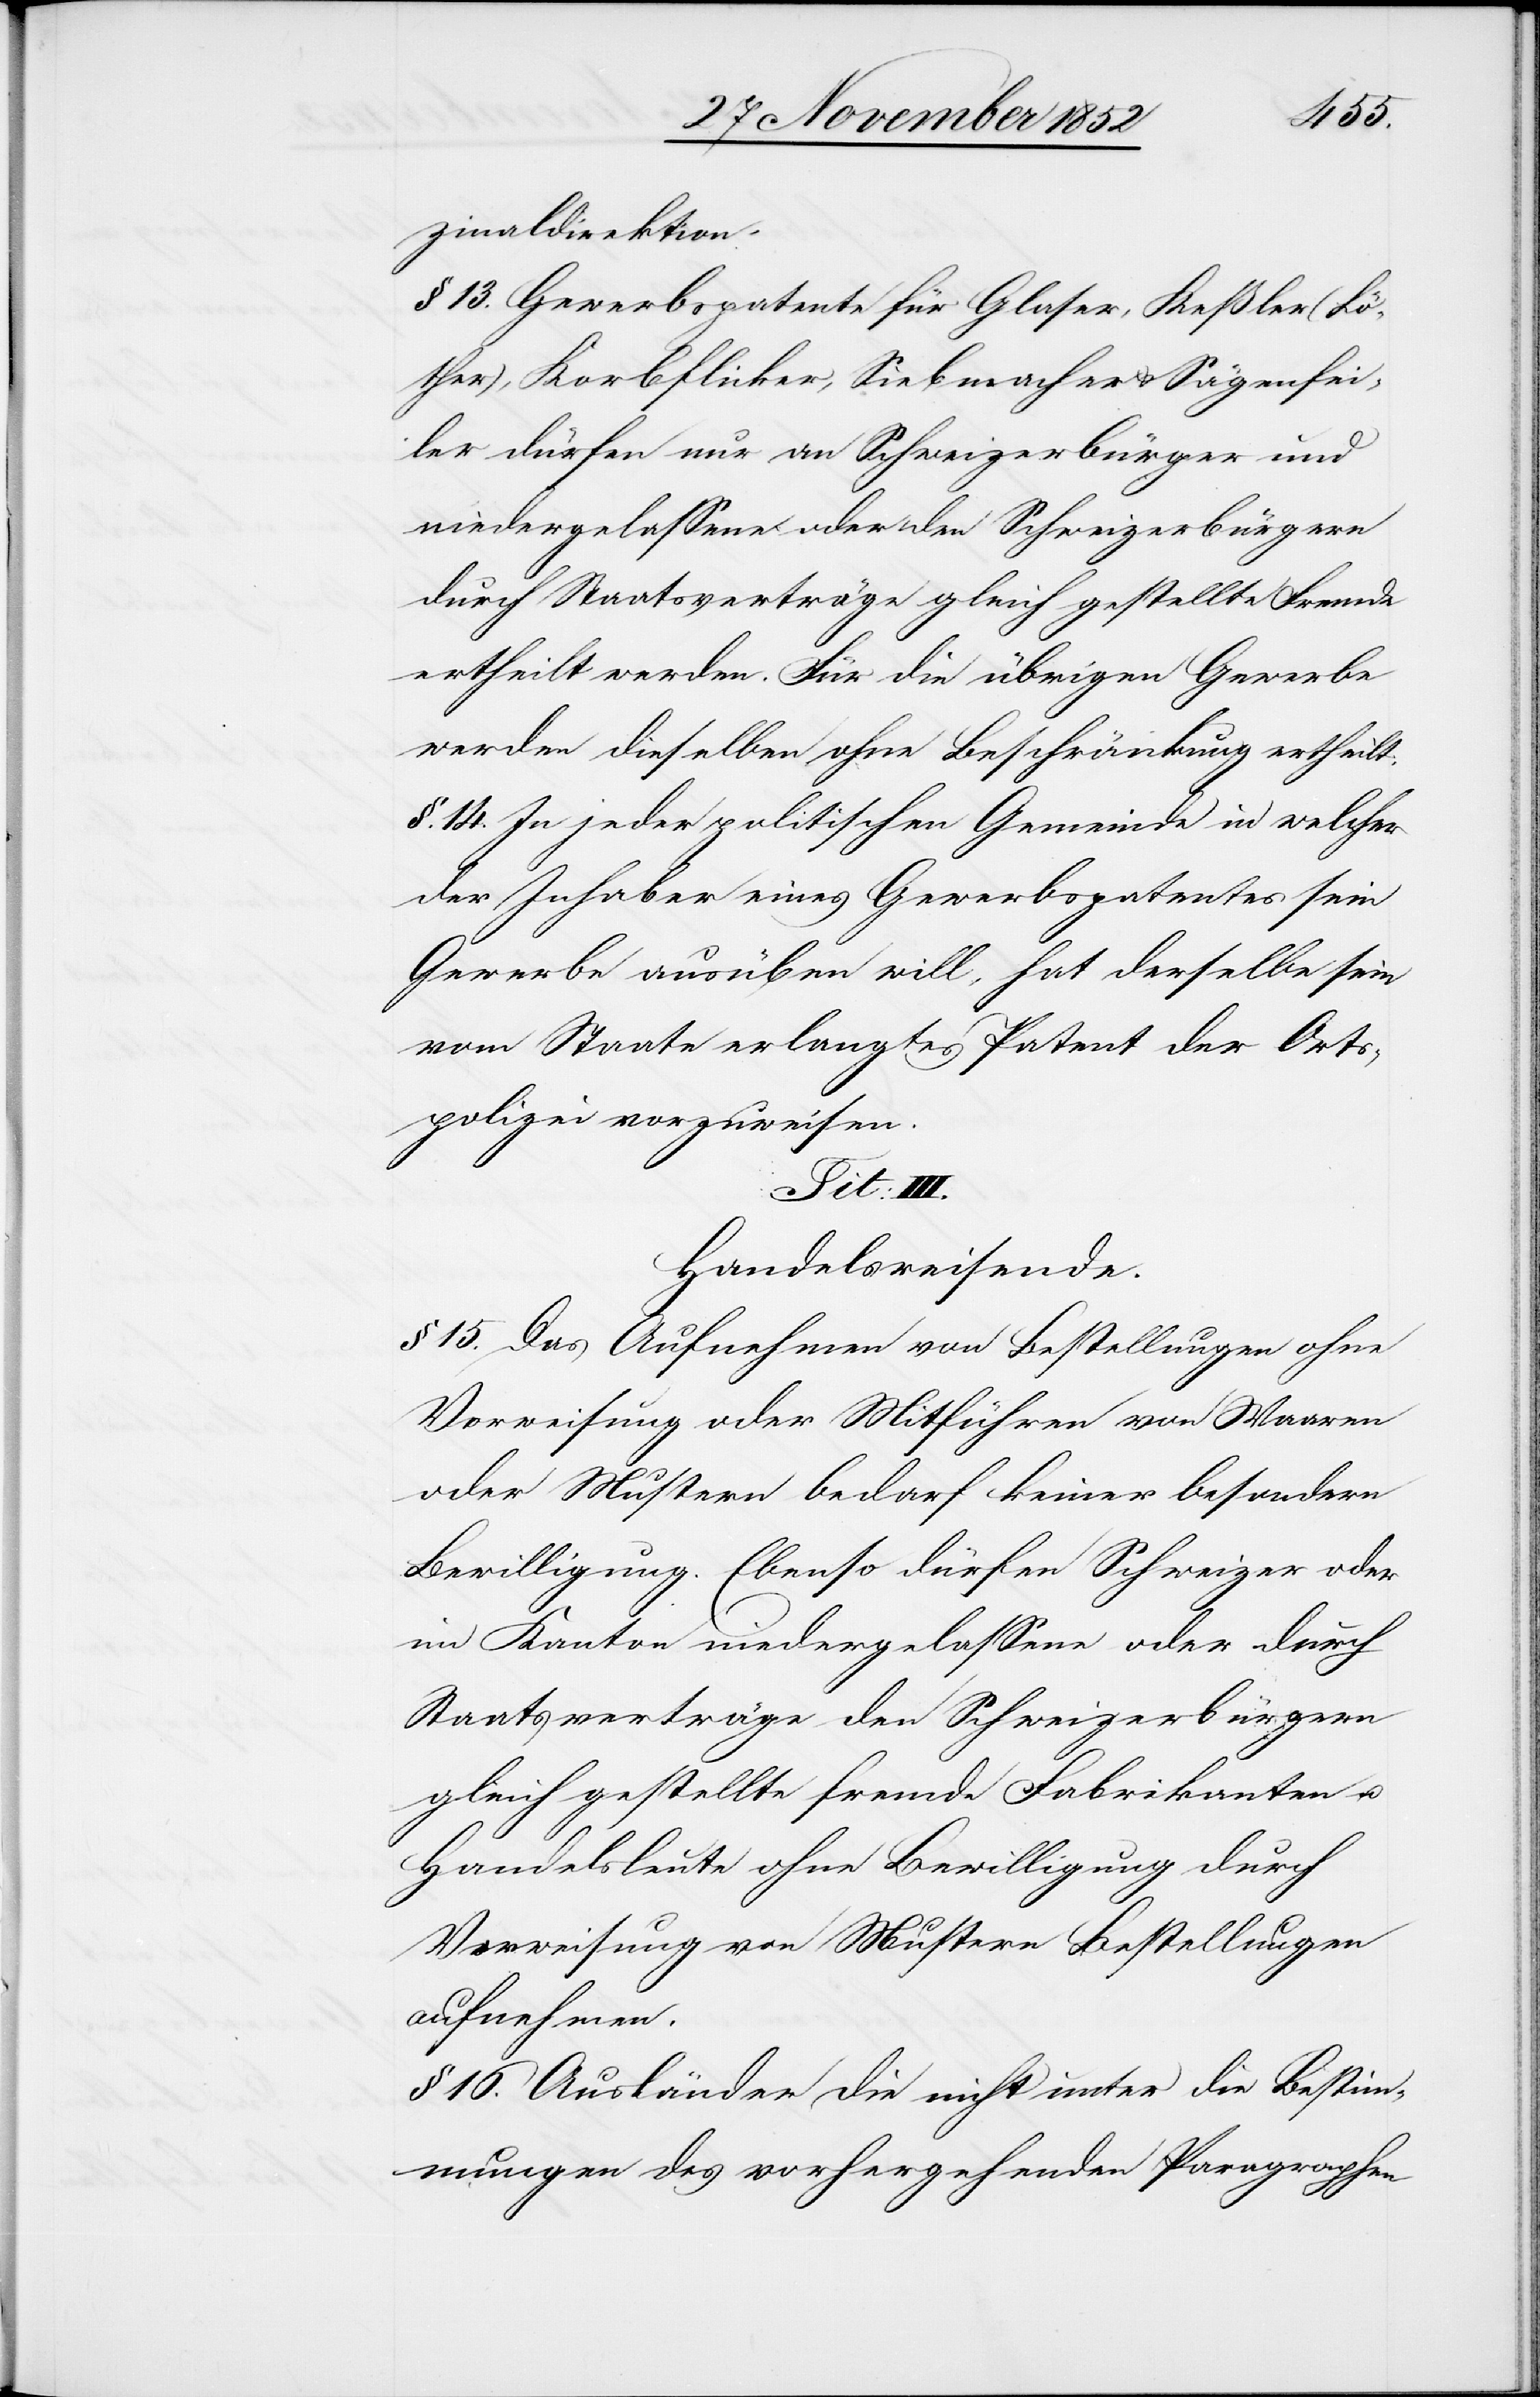
zinaldirektion.
§ 13. Gewerbspatente für Glaser, Keßler (Lö¬
ther), Korbflicker, Siebmacher & Sägenfei¬
ler dürfen nur an Schweizerbürger und
niedergelassene oder den Schweizerbürgern
durch Staatsverträge gleich gestellte Fremde
ertheilt werden. Für die übrigen Gewerbe
werden dieselben ohne Beschränkung ertheilt.
§. 14. In jeder politischen Gemeinde in welcher
der Inhaber eines Gewerbspatentes sein
Gewerbe ausüben will, hat derselbe sein
vom Staate erlangtes Patent der Orts¬
polizei vorzuweisen.
Tit: III.
Handelsreisende.
§ 15. Das Aufnehmen von Bestellungen ohne
Vorweisung oder Mitführen von Waaren
oder Mustern bedarf keiner besondern
Bewilligung. Ebenso dürfen Schweizer oder
im Kanton niedergelassene oder durch
Staatsverträge den Schweizerbürgern
gleich gestellte fremde Fabrikanten u.
Handelsleute ohne Bewilligung durch
Vorweisung von Mustern Bestellungen
aufnehmen.
§ 16. Ausländer die nicht unter die Bestim¬
mungen des vorhergehenden Paragraphen